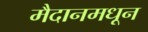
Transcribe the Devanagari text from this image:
मैदानमधून